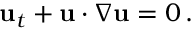
{ \mathbf { u } } _ { t } + { \mathbf { u } } \cdot \nabla { \mathbf { u } } = 0 \, .